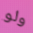
ولو